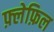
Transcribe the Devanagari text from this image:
फ़्लेफ़िल